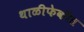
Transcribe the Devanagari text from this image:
थाळीफेकीत